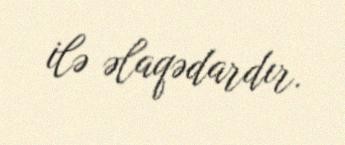
ilə əlaqədardır.